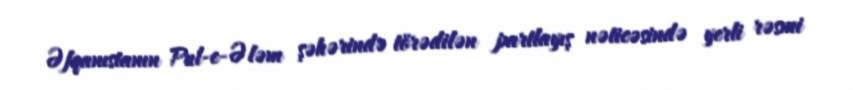
Əfqanıstanın Pul-e-Ələm şəhərində törədilən partlayış nəticəsində yerli rəsmi